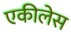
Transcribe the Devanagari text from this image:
एकीलेस